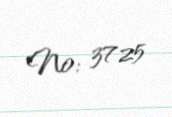
№: 3725